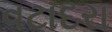
વટાદરા